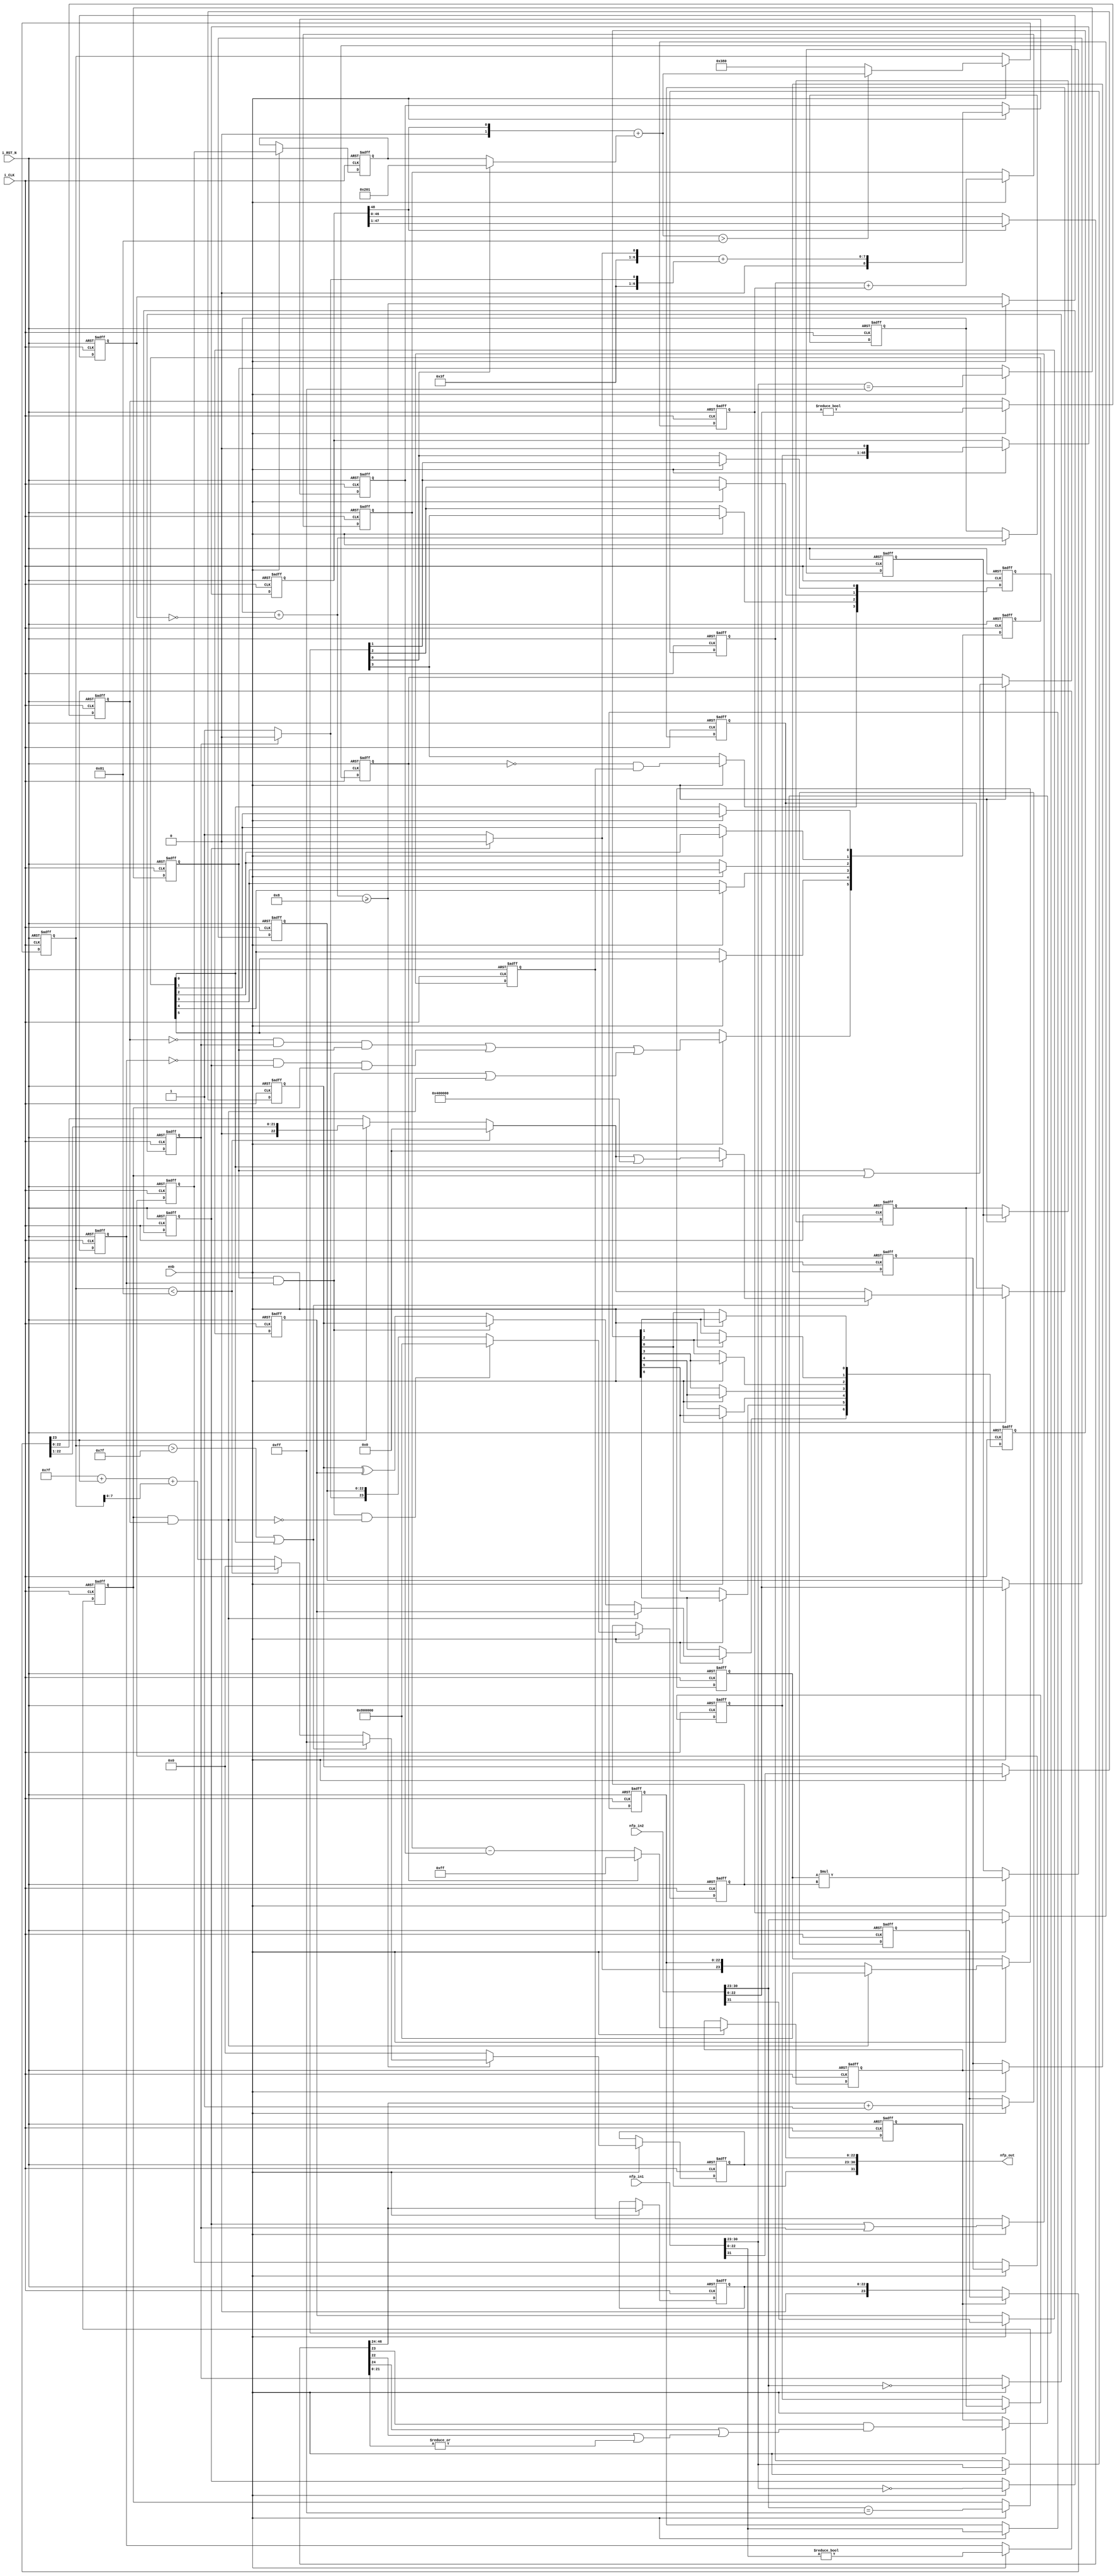
// -------------------------------------------------------------
// 
// 
// Generated by MATLAB 9.12 and HDL Coder 3.20
// 
// -------------------------------------------------------------


// -------------------------------------------------------------
// 
// Module: nfp_mul_single
// Source Path: model_float/Subsystem/nfp_mul_single
// Hierarchy Level: 1
// 
// {Latency Strategy = "Max", Denormal Handling = "off"}
// {Mantissa Multiply Strategy = "FullMultiplier"}
// 
// -------------------------------------------------------------

`timescale 1 ns / 1 ns

module nfp_mul_single
          (i_CLK,
           i_RST_N,
           enb,
           nfp_in1,
           nfp_in2,
           nfp_out);


  input   i_CLK;
  input   i_RST_N;
  input   enb;
  input   [31:0] nfp_in1;  // ufix32
  input   [31:0] nfp_in2;  // ufix32
  output  [31:0] nfp_out;  // ufix32


  wire BS;  // ufix1
  wire [7:0] BE;  // ufix8
  wire [22:0] BM;  // ufix23
  wire Compare_To_Constant1_out1;
  reg  Delay16_out1;
  wire Compare_To_Zero3_out1;
  reg  Delay14_out1;
  wire Logical_Operator1_out1;
  wire AS;  // ufix1
  wire [7:0] AE;  // ufix8
  wire [22:0] AM;  // ufix23
  wire Compare_To_Constant_out1;
  reg  Delay21_out1;
  wire Compare_To_Zero2_out1;
  reg  Delay19_out1;
  wire Logical_Operator_out1;
  reg  Delay3_out1;
  reg  Delay7_out1;
  wire Logical_Operator_out1_1;
  wire Switch_out1;
  wire Switch1_out1;
  reg  [0:6] Delay_reg;  // ufix1 [7]
  wire [0:6] Delay_reg_next;  // ufix1 [7]
  wire Delay_out1;
  wire Constant8_out1;  // ufix1
  wire [7:0] Constant7_out1;  // uint8
  wire Relational_Operator_relop1;
  reg  Delay4_out1;
  wire Logical_Operator2_out1;
  wire Logical_Operator_out1_2;  // ufix1
  wire [7:0] Add_out1;  // uint8
  reg [7:0] Delay3_out1_1;  // uint8
  wire [7:0] Add_1;  // ufix8
  wire [7:0] Constant6_out1;  // uint8
  wire Compare_To_Zero_out1;
  reg  Delay23_out1;
  wire Constant1_out1;  // ufix1
  wire Constant_out1;  // ufix1
  wire Switch1_out1_1;  // ufix1
  reg [22:0] Delay6_out1;  // ufix23
  wire [23:0] Bit_Concat_out1;  // ufix24
  wire [23:0] Constant5_out1;  // ufix24
  wire [23:0] Switch_out1_1;  // ufix24
  reg [23:0] Delay2_out1;  // ufix24
  wire Logical_Operator3_out1;
  wire Compare_To_Zero1_out1;
  reg  Delay20_out1;
  wire Constant3_out1;  // ufix1
  wire Constant2_out1;  // ufix1
  wire Switch2_out1;  // ufix1
  wire Logical_Operator_out1_3;
  reg [22:0] Delay8_out1;  // ufix23
  wire [23:0] Bit_Concat1_out1;  // ufix24
  wire [23:0] Constant4_out1;  // ufix24
  wire [23:0] Switch3_out1;  // ufix24
  reg [23:0] Delay1_out1;  // ufix24
  wire [47:0] Product_out1;  // ufix48
  reg [47:0] Delay4_reg [0:2];  // ufix48 [3]
  wire [47:0] Delay4_reg_next [0:2];  // ufix48 [3]
  wire [47:0] Delay4_out1_1;  // ufix48
  wire Constant1_out1_1;
  wire [48:0] Bit_Concat_out1_1;  // ufix49
  reg [48:0] Delay3_out1_2;  // ufix49
  wire Bit_Slice1_out1;  // ufix1
  wire Logical_Operator1_out1_1;
  reg  Delay3_out1_3;
  wire Logical_Operator3_out1_1;
  wire Logical_Operator_out1_4;
  reg  Delay1_out1_1;
  wire Logical_Operator2_out1_1;
  reg  [0:3] Delay8_reg;  // ufix1 [4]
  wire [0:3] Delay8_reg_next;  // ufix1 [4]
  wire Delay8_out1_1;
  reg [7:0] Delay4_out1_2;  // uint8
  reg [7:0] Delay5_out1;  // uint8
  wire [31:0] Subtract_add_temp;  // ufix32
  wire [31:0] Subtract_1;  // ufix32
  wire [31:0] Subtract_2;  // ufix32
  wire [8:0] Subtract_out1;  // ufix9
  reg [8:0] Delay_out1_1;  // ufix9
  wire [6:0] Constant2_out1_1;  // ufix7
  wire Constant1_out1_2;
  wire Constant3_out1_1;
  wire Switch_out1_2;
  wire [7:0] Bit_Concat1_out1_1;  // uint8
  wire Switch1_out1_2;
  wire [7:0] Bit_Concat_out1_2;  // uint8
  wire [31:0] Add1_add_temp;  // ufix32
  wire [31:0] Add1_1;  // ufix32
  wire [31:0] Add1_2;  // ufix32
  wire [8:0] Add1_out1;  // ufix9
  reg [8:0] Delay2_out1_1;  // ufix9
  wire signed [31:0] Subtract2_sub_temp;  // sfix32
  wire signed [31:0] Subtract2_1;  // sfix32
  wire signed [31:0] Subtract2_2;  // sfix32
  wire signed [9:0] Subtract2_out1;  // sfix10
  wire signed [9:0] Constant4_out1_1;  // sfix10
  wire signed [9:0] Switch2_out1_1;  // sfix10
  reg signed [9:0] Delay4_reg_1 [0:3];  // sfix10 [4]
  wire signed [9:0] Delay4_reg_next_1 [0:3];  // sfix10 [4]
  wire signed [9:0] Delay4_out1_3;  // sfix10
  wire signed [9:0] Constant_out1_1;  // sfix10
  wire signed [9:0] Switch1_out1_3;  // sfix10
  wire signed [31:0] Add_add_temp;  // sfix32
  wire signed [31:0] Add_3;  // sfix32
  wire signed [31:0] Add_4;  // sfix32
  wire signed [9:0] Add_out1_1;  // sfix10
  wire Compare_To_Constant_out1_1;
  wire signed [9:0] Constant1_out1_3;  // sfix10
  wire signed [9:0] Switch2_out1_2;  // sfix10
  reg signed [9:0] Delay18_out1;  // sfix10
  wire Compare_To_Constant1_out1_1;
  wire Logical_Operator1_out1_2;
  wire Logical_Operator4_out1;
  wire Logical_Operator7_out1;
  wire Logical_Operator5_out1;
  wire Logical_Operator6_out1;
  wire Logical_Operator8_out1;
  wire Inf_Zero_out1;
  wire Logical_Operator2_out1_2;
  wire Logical_Operator10_out1;
  reg  [0:5] Delay13_reg;  // ufix1 [6]
  wire [0:5] Delay13_reg_next;  // ufix1 [6]
  wire Delay13_out1;
  wire Logical_Operator_out1_5;
  wire Compare_To_Constant_out1_2;
  wire [7:0] Constant1_out1_4;  // uint8
  wire [48:0] Bit_Shift_out1;  // ufix49
  wire [48:0] Switch_out1_3;  // ufix49
  wire [47:0] Bit_Slice_out1;  // ufix48
  wire [1:0] Bit_Slice2_out1;  // ufix2
  wire Bit_Slice4_out1;  // ufix1
  wire [21:0] Bit_Slice1_out1_1;  // ufix22
  wire Bit_Reduce_out1;  // ufix1
  wire Bit_Slice5_out1;  // ufix1
  wire Bit_Slice3_out1;  // ufix1
  wire Logical_Operator1_out1_3;
  wire Logical_Operator_out1_6;
  wire [22:0] Bit_Slice1_out1_2;  // ufix23
  reg  Delay1_out1_2;
  reg [22:0] Delay2_out1_2;  // ufix23
  wire [23:0] Delay2_out1_dtc;  // ufix24
  wire Constant_out1_2;
  wire [31:0] Add_add_temp_1;  // ufix32
  wire [31:0] Add_6;  // ufix32
  wire [31:0] Add_7;  // ufix32
  wire [23:0] Add_out1_2;  // ufix24
  reg [23:0] Delay_out1_2;  // ufix24
  wire [23:0] Switch_out1_4;  // ufix24
  wire Bit_Slice2_out1_1;  // ufix1
  wire [31:0] Add1_add_temp_1;  // ufix32
  wire [31:0] Add1_4;  // ufix32
  wire [31:0] Add1_5;  // ufix32
  wire [7:0] Add1_out1_1;  // uint8
  wire signed [31:0] Add_add_temp_2;  // sfix32
  wire signed [31:0] Add_9;  // sfix32
  wire signed [31:0] Add_10;  // sfix32
  wire [7:0] Add_out1_3;  // uint8
  wire [7:0] Constant1_out1_5;  // uint8
  wire [7:0] Switch1_out1_4;  // uint8
  wire [7:0] Constant4_out1_2;  // uint8
  wire [7:0] Switch4_out1;  // uint8
  wire [7:0] Switch6_out1;  // uint8
  reg [7:0] Delay1_out1_3;  // uint8
  wire [22:0] Bit_Slice4_out1_1;  // ufix23
  wire [22:0] Bit_Shift_out1_1;  // ufix23
  wire [22:0] Switch1_out1_5;  // ufix23
  wire [22:0] Constant2_out1_2;  // ufix23
  wire [22:0] Switch2_out1_3;  // ufix23
  wire [22:0] Constant5_out1_1;  // ufix23
  wire [22:0] Bit_Set_out1;  // ufix23
  wire [22:0] Switch7_out1;  // ufix23
  wire [22:0] Switch5_out1;  // ufix23
  reg [22:0] Delay2_out1_3;  // ufix23
  wire [31:0] nfp_out_pack;  // ufix32


  // Split 32 bit word into FP sign, exponent, mantissa
  assign BS = nfp_in2[31];
  assign BE = nfp_in2[30:23];
  assign BM = nfp_in2[22:0];



  assign Compare_To_Constant1_out1 = BE == 8'b11111111;



  always @(posedge i_CLK or negedge i_RST_N)
    begin : Delay16_process
      if (i_RST_N == 1'b0) begin
        Delay16_out1 <= 1'b0;
      end
      else begin
        if (enb) begin
          Delay16_out1 <= Compare_To_Constant1_out1;
        end
      end
    end



  assign Compare_To_Zero3_out1 = BM != 23'b00000000000000000000000;



  always @(posedge i_CLK or negedge i_RST_N)
    begin : Delay14_process
      if (i_RST_N == 1'b0) begin
        Delay14_out1 <= 1'b0;
      end
      else begin
        if (enb) begin
          Delay14_out1 <= Compare_To_Zero3_out1;
        end
      end
    end



  assign Logical_Operator1_out1 = Delay16_out1 & Delay14_out1;



  // Split 32 bit word into FP sign, exponent, mantissa
  assign AS = nfp_in1[31];
  assign AE = nfp_in1[30:23];
  assign AM = nfp_in1[22:0];



  assign Compare_To_Constant_out1 = AE == 8'b11111111;



  always @(posedge i_CLK or negedge i_RST_N)
    begin : Delay21_process
      if (i_RST_N == 1'b0) begin
        Delay21_out1 <= 1'b0;
      end
      else begin
        if (enb) begin
          Delay21_out1 <= Compare_To_Constant_out1;
        end
      end
    end



  assign Compare_To_Zero2_out1 = AM != 23'b00000000000000000000000;



  always @(posedge i_CLK or negedge i_RST_N)
    begin : Delay19_process
      if (i_RST_N == 1'b0) begin
        Delay19_out1 <= 1'b0;
      end
      else begin
        if (enb) begin
          Delay19_out1 <= Compare_To_Zero2_out1;
        end
      end
    end



  assign Logical_Operator_out1 = Delay21_out1 & Delay19_out1;



  always @(posedge i_CLK or negedge i_RST_N)
    begin : Delay3_process
      if (i_RST_N == 1'b0) begin
        Delay3_out1 <= 1'b0;
      end
      else begin
        if (enb) begin
          Delay3_out1 <= AS;
        end
      end
    end



  always @(posedge i_CLK or negedge i_RST_N)
    begin : Delay7_process
      if (i_RST_N == 1'b0) begin
        Delay7_out1 <= 1'b0;
      end
      else begin
        if (enb) begin
          Delay7_out1 <= BS;
        end
      end
    end



  assign Logical_Operator_out1_1 = Delay3_out1 ^ Delay7_out1;



  assign Switch_out1 = (Logical_Operator_out1 == 1'b0 ? Logical_Operator_out1_1 :
              Delay3_out1);



  assign Switch1_out1 = (Logical_Operator1_out1 == 1'b0 ? Switch_out1 :
              Delay7_out1);



  always @(posedge i_CLK or negedge i_RST_N)
    begin : Delay_process
      if (i_RST_N == 1'b0) begin
        Delay_reg[0] <= 1'b0;
        Delay_reg[1] <= 1'b0;
        Delay_reg[2] <= 1'b0;
        Delay_reg[3] <= 1'b0;
        Delay_reg[4] <= 1'b0;
        Delay_reg[5] <= 1'b0;
        Delay_reg[6] <= 1'b0;
      end
      else begin
        if (enb) begin
          Delay_reg[0] <= Delay_reg_next[0];
          Delay_reg[1] <= Delay_reg_next[1];
          Delay_reg[2] <= Delay_reg_next[2];
          Delay_reg[3] <= Delay_reg_next[3];
          Delay_reg[4] <= Delay_reg_next[4];
          Delay_reg[5] <= Delay_reg_next[5];
          Delay_reg[6] <= Delay_reg_next[6];
        end
      end
    end

  assign Delay_out1 = Delay_reg[6];
  assign Delay_reg_next[0] = Switch1_out1;
  assign Delay_reg_next[1] = Delay_reg[0];
  assign Delay_reg_next[2] = Delay_reg[1];
  assign Delay_reg_next[3] = Delay_reg[2];
  assign Delay_reg_next[4] = Delay_reg[3];
  assign Delay_reg_next[5] = Delay_reg[4];
  assign Delay_reg_next[6] = Delay_reg[5];



  assign Constant8_out1 = 1'b1;



  assign Constant7_out1 = 8'b00001000;



  always @(posedge i_CLK or negedge i_RST_N)
    begin : Delay4_process
      if (i_RST_N == 1'b0) begin
        Delay4_out1 <= 1'b0;
      end
      else begin
        if (enb) begin
          Delay4_out1 <= Relational_Operator_relop1;
        end
      end
    end



  assign Logical_Operator2_out1 =  ~ Delay4_out1;



  assign Logical_Operator_out1_2 = Constant8_out1 & Logical_Operator2_out1;



  always @(posedge i_CLK or negedge i_RST_N)
    begin : Delay3_1_process
      if (i_RST_N == 1'b0) begin
        Delay3_out1_1 <= 8'b00000000;
      end
      else begin
        if (enb) begin
          Delay3_out1_1 <= Add_out1;
        end
      end
    end



  assign Add_1 = {7'b0, Logical_Operator_out1_2};
  assign Add_out1 = Delay3_out1_1 + Add_1;



  assign Relational_Operator_relop1 = Add_out1 >= Constant7_out1;



  assign Constant6_out1 = 8'b00000000;



  assign Compare_To_Zero_out1 = AE == 8'b00000000;



  always @(posedge i_CLK or negedge i_RST_N)
    begin : Delay23_process
      if (i_RST_N == 1'b0) begin
        Delay23_out1 <= 1'b0;
      end
      else begin
        if (enb) begin
          Delay23_out1 <= Compare_To_Zero_out1;
        end
      end
    end



  assign Constant1_out1 = 1'b1;



  assign Constant_out1 = 1'b0;



  assign Switch1_out1_1 = (Delay23_out1 == 1'b0 ? Constant1_out1 :
              Constant_out1);



  always @(posedge i_CLK or negedge i_RST_N)
    begin : Delay6_process
      if (i_RST_N == 1'b0) begin
        Delay6_out1 <= 23'b00000000000000000000000;
      end
      else begin
        if (enb) begin
          Delay6_out1 <= AM;
        end
      end
    end



  assign Bit_Concat_out1 = {Switch1_out1_1, Delay6_out1};



  assign Constant5_out1 = 24'b100000000000000000000000;



  assign Switch_out1_1 = (Logical_Operator1_out1 == 1'b0 ? Bit_Concat_out1 :
              Constant5_out1);



  always @(posedge i_CLK or negedge i_RST_N)
    begin : Delay2_process
      if (i_RST_N == 1'b0) begin
        Delay2_out1 <= 24'b000000000000000000000000;
      end
      else begin
        if (enb) begin
          Delay2_out1 <= Switch_out1_1;
        end
      end
    end



  assign Logical_Operator3_out1 =  ~ Logical_Operator1_out1;



  assign Compare_To_Zero1_out1 = BE == 8'b00000000;



  always @(posedge i_CLK or negedge i_RST_N)
    begin : Delay20_process
      if (i_RST_N == 1'b0) begin
        Delay20_out1 <= 1'b0;
      end
      else begin
        if (enb) begin
          Delay20_out1 <= Compare_To_Zero1_out1;
        end
      end
    end



  assign Constant3_out1 = 1'b1;



  assign Constant2_out1 = 1'b0;



  assign Switch2_out1 = (Delay20_out1 == 1'b0 ? Constant3_out1 :
              Constant2_out1);



  assign Logical_Operator_out1_3 = Logical_Operator_out1 & Logical_Operator3_out1;



  always @(posedge i_CLK or negedge i_RST_N)
    begin : Delay8_process
      if (i_RST_N == 1'b0) begin
        Delay8_out1 <= 23'b00000000000000000000000;
      end
      else begin
        if (enb) begin
          Delay8_out1 <= BM;
        end
      end
    end



  assign Bit_Concat1_out1 = {Switch2_out1, Delay8_out1};



  assign Constant4_out1 = 24'b100000000000000000000000;



  assign Switch3_out1 = (Logical_Operator_out1_3 == 1'b0 ? Bit_Concat1_out1 :
              Constant4_out1);



  always @(posedge i_CLK or negedge i_RST_N)
    begin : Delay1_process
      if (i_RST_N == 1'b0) begin
        Delay1_out1 <= 24'b000000000000000000000000;
      end
      else begin
        if (enb) begin
          Delay1_out1 <= Switch3_out1;
        end
      end
    end



  assign Product_out1 = Delay2_out1 * Delay1_out1;



  always @(posedge i_CLK or negedge i_RST_N)
    begin : Delay4_1_process
      if (i_RST_N == 1'b0) begin
        Delay4_reg[0] <= 48'h000000000000;
        Delay4_reg[1] <= 48'h000000000000;
        Delay4_reg[2] <= 48'h000000000000;
      end
      else begin
        if (enb) begin
          Delay4_reg[0] <= Delay4_reg_next[0];
          Delay4_reg[1] <= Delay4_reg_next[1];
          Delay4_reg[2] <= Delay4_reg_next[2];
        end
      end
    end

  assign Delay4_out1_1 = Delay4_reg[2];
  assign Delay4_reg_next[0] = Product_out1;
  assign Delay4_reg_next[1] = Delay4_reg[0];
  assign Delay4_reg_next[2] = Delay4_reg[1];



  assign Constant1_out1_1 = 1'b0;



  assign Bit_Concat_out1_1 = {Delay4_out1_1, Constant1_out1_1};



  always @(posedge i_CLK or negedge i_RST_N)
    begin : Delay3_2_process
      if (i_RST_N == 1'b0) begin
        Delay3_out1_2 <= 49'h0000000000000;
      end
      else begin
        if (enb) begin
          Delay3_out1_2 <= Bit_Concat_out1_1;
        end
      end
    end



  assign Bit_Slice1_out1 = Delay3_out1_2[48];



  assign Logical_Operator1_out1_1 = Delay21_out1 | Delay16_out1;



  always @(posedge i_CLK or negedge i_RST_N)
    begin : Delay3_3_process
      if (i_RST_N == 1'b0) begin
        Delay3_out1_3 <= 1'b0;
      end
      else begin
        if (enb) begin
          Delay3_out1_3 <= Logical_Operator1_out1_1;
        end
      end
    end



  assign Logical_Operator3_out1_1 =  ~ Delay3_out1_3;



  assign Logical_Operator_out1_4 = Delay23_out1 | Delay20_out1;



  always @(posedge i_CLK or negedge i_RST_N)
    begin : Delay1_1_process
      if (i_RST_N == 1'b0) begin
        Delay1_out1_1 <= 1'b0;
      end
      else begin
        if (enb) begin
          Delay1_out1_1 <= Logical_Operator_out1_4;
        end
      end
    end



  assign Logical_Operator2_out1_1 = Logical_Operator3_out1_1 & Delay1_out1_1;



  always @(posedge i_CLK or negedge i_RST_N)
    begin : Delay8_1_process
      if (i_RST_N == 1'b0) begin
        Delay8_reg[0] <= 1'b0;
        Delay8_reg[1] <= 1'b0;
        Delay8_reg[2] <= 1'b0;
        Delay8_reg[3] <= 1'b0;
      end
      else begin
        if (enb) begin
          Delay8_reg[0] <= Delay8_reg_next[0];
          Delay8_reg[1] <= Delay8_reg_next[1];
          Delay8_reg[2] <= Delay8_reg_next[2];
          Delay8_reg[3] <= Delay8_reg_next[3];
        end
      end
    end

  assign Delay8_out1_1 = Delay8_reg[3];
  assign Delay8_reg_next[0] = Logical_Operator2_out1_1;
  assign Delay8_reg_next[1] = Delay8_reg[0];
  assign Delay8_reg_next[2] = Delay8_reg[1];
  assign Delay8_reg_next[3] = Delay8_reg[2];



  always @(posedge i_CLK or negedge i_RST_N)
    begin : Delay4_2_process
      if (i_RST_N == 1'b0) begin
        Delay4_out1_2 <= 8'b00000000;
      end
      else begin
        if (enb) begin
          Delay4_out1_2 <= AE;
        end
      end
    end



  always @(posedge i_CLK or negedge i_RST_N)
    begin : Delay5_process
      if (i_RST_N == 1'b0) begin
        Delay5_out1 <= 8'b00000000;
      end
      else begin
        if (enb) begin
          Delay5_out1 <= BE;
        end
      end
    end



  assign Subtract_1 = {24'b0, Delay4_out1_2};
  assign Subtract_2 = {24'b0, Delay5_out1};
  assign Subtract_add_temp = Subtract_1 + Subtract_2;
  assign Subtract_out1 = Subtract_add_temp[8:0];



  always @(posedge i_CLK or negedge i_RST_N)
    begin : Delay_1_process
      if (i_RST_N == 1'b0) begin
        Delay_out1_1 <= 9'b000000000;
      end
      else begin
        if (enb) begin
          Delay_out1_1 <= Subtract_out1;
        end
      end
    end



  assign Constant2_out1_1 = 7'b0111111;



  assign Constant1_out1_2 = 1'b1;



  assign Constant3_out1_1 = 1'b0;



  assign Switch_out1_2 = (Delay23_out1 == 1'b0 ? Constant1_out1_2 :
              Constant3_out1_1);



  assign Bit_Concat1_out1_1 = {Constant2_out1_1, Switch_out1_2};



  assign Switch1_out1_2 = (Delay20_out1 == 1'b0 ? Constant1_out1_2 :
              Constant3_out1_1);



  assign Bit_Concat_out1_2 = {Constant2_out1_1, Switch1_out1_2};



  assign Add1_1 = {24'b0, Bit_Concat1_out1_1};
  assign Add1_2 = {24'b0, Bit_Concat_out1_2};
  assign Add1_add_temp = Add1_1 + Add1_2;
  assign Add1_out1 = Add1_add_temp[8:0];



  always @(posedge i_CLK or negedge i_RST_N)
    begin : Delay2_1_process
      if (i_RST_N == 1'b0) begin
        Delay2_out1_1 <= 9'b000000000;
      end
      else begin
        if (enb) begin
          Delay2_out1_1 <= Add1_out1;
        end
      end
    end



  assign Subtract2_1 = {23'b0, Delay_out1_1};
  assign Subtract2_2 = {23'b0, Delay2_out1_1};
  assign Subtract2_sub_temp = Subtract2_1 - Subtract2_2;
  assign Subtract2_out1 = Subtract2_sub_temp[9:0];



  assign Constant4_out1_1 = 10'sb0011111111;



  assign Switch2_out1_1 = (Delay3_out1_3 == 1'b0 ? Subtract2_out1 :
              Constant4_out1_1);



  always @(posedge i_CLK or negedge i_RST_N)
    begin : Delay4_3_process
      if (i_RST_N == 1'b0) begin
        Delay4_reg_1[0] <= 10'sb0000000000;
        Delay4_reg_1[1] <= 10'sb0000000000;
        Delay4_reg_1[2] <= 10'sb0000000000;
        Delay4_reg_1[3] <= 10'sb0000000000;
      end
      else begin
        if (enb) begin
          Delay4_reg_1[0] <= Delay4_reg_next_1[0];
          Delay4_reg_1[1] <= Delay4_reg_next_1[1];
          Delay4_reg_1[2] <= Delay4_reg_next_1[2];
          Delay4_reg_1[3] <= Delay4_reg_next_1[3];
        end
      end
    end

  assign Delay4_out1_3 = Delay4_reg_1[3];
  assign Delay4_reg_next_1[0] = Switch2_out1_1;
  assign Delay4_reg_next_1[1] = Delay4_reg_1[0];
  assign Delay4_reg_next_1[2] = Delay4_reg_1[1];
  assign Delay4_reg_next_1[3] = Delay4_reg_1[2];



  assign Constant_out1_1 = 10'sb1000000001;



  assign Switch1_out1_3 = (Delay8_out1_1 == 1'b0 ? Delay4_out1_3 :
              Constant_out1_1);



  assign Add_3 = {31'b0, Bit_Slice1_out1};
  assign Add_4 = {{22{Switch1_out1_3[9]}}, Switch1_out1_3};
  assign Add_add_temp = Add_3 + Add_4;
  assign Add_out1_1 = Add_add_temp[9:0];



  assign Compare_To_Constant_out1_1 = Add_out1_1 > 10'sb1110000001;



  assign Constant1_out1_3 = 10'sb1110000000;



  assign Switch2_out1_2 = (Compare_To_Constant_out1_1 == 1'b0 ? Constant1_out1_3 :
              Add_out1_1);



  always @(posedge i_CLK or negedge i_RST_N)
    begin : Delay18_process
      if (i_RST_N == 1'b0) begin
        Delay18_out1 <= 10'sb0000000000;
      end
      else begin
        if (enb) begin
          Delay18_out1 <= Switch2_out1_2;
        end
      end
    end



  assign Compare_To_Constant1_out1_1 = Delay18_out1 > 10'sb0001111111;



  assign Logical_Operator1_out1_2 =  ~ Delay14_out1;



  assign Logical_Operator4_out1 = Logical_Operator1_out1_2 & Delay20_out1;



  assign Logical_Operator7_out1 = Logical_Operator4_out1 & Delay21_out1;



  assign Logical_Operator5_out1 =  ~ Delay19_out1;



  assign Logical_Operator6_out1 = Logical_Operator5_out1 & Delay23_out1;



  assign Logical_Operator8_out1 = Logical_Operator6_out1 & Delay16_out1;



  assign Inf_Zero_out1 = Logical_Operator7_out1 | Logical_Operator8_out1;



  assign Logical_Operator2_out1_2 = Logical_Operator_out1 | Logical_Operator1_out1;



  assign Logical_Operator10_out1 = Inf_Zero_out1 | Logical_Operator2_out1_2;



  always @(posedge i_CLK or negedge i_RST_N)
    begin : Delay13_process
      if (i_RST_N == 1'b0) begin
        Delay13_reg[0] <= 1'b0;
        Delay13_reg[1] <= 1'b0;
        Delay13_reg[2] <= 1'b0;
        Delay13_reg[3] <= 1'b0;
        Delay13_reg[4] <= 1'b0;
        Delay13_reg[5] <= 1'b0;
      end
      else begin
        if (enb) begin
          Delay13_reg[0] <= Delay13_reg_next[0];
          Delay13_reg[1] <= Delay13_reg_next[1];
          Delay13_reg[2] <= Delay13_reg_next[2];
          Delay13_reg[3] <= Delay13_reg_next[3];
          Delay13_reg[4] <= Delay13_reg_next[4];
          Delay13_reg[5] <= Delay13_reg_next[5];
        end
      end
    end

  assign Delay13_out1 = Delay13_reg[5];
  assign Delay13_reg_next[0] = Logical_Operator10_out1;
  assign Delay13_reg_next[1] = Delay13_reg[0];
  assign Delay13_reg_next[2] = Delay13_reg[1];
  assign Delay13_reg_next[3] = Delay13_reg[2];
  assign Delay13_reg_next[4] = Delay13_reg[3];
  assign Delay13_reg_next[5] = Delay13_reg[4];



  assign Logical_Operator_out1_5 = Compare_To_Constant1_out1_1 | Delay13_out1;



  assign Compare_To_Constant_out1_2 = Delay18_out1 < 10'sb1110000001;



  assign Constant1_out1_4 = 8'b01111111;



  assign Bit_Shift_out1 = Delay3_out1_2 >> 8'd1;



  assign Switch_out1_3 = (Bit_Slice1_out1 == 1'b0 ? Delay3_out1_2 :
              Bit_Shift_out1);



  assign Bit_Slice_out1 = Switch_out1_3[47:0];



  assign Bit_Slice2_out1 = Bit_Slice_out1[23:22];



  assign Bit_Slice4_out1 = Bit_Slice2_out1[0];



  assign Bit_Slice1_out1_1 = Bit_Slice_out1[21:0];



  assign Bit_Reduce_out1 = (|Bit_Slice1_out1_1[21:0]);



  assign Bit_Slice5_out1 = Bit_Slice2_out1[1];



  assign Bit_Slice3_out1 = Bit_Slice_out1[24];



  assign Logical_Operator1_out1_3 = Bit_Slice3_out1 | (Bit_Slice4_out1 | Bit_Reduce_out1);



  assign Logical_Operator_out1_6 = Bit_Slice5_out1 & Logical_Operator1_out1_3;



  assign Bit_Slice1_out1_2 = Bit_Slice_out1[46:24];



  always @(posedge i_CLK or negedge i_RST_N)
    begin : Delay1_2_process
      if (i_RST_N == 1'b0) begin
        Delay1_out1_2 <= 1'b0;
      end
      else begin
        if (enb) begin
          Delay1_out1_2 <= Logical_Operator_out1_6;
        end
      end
    end



  always @(posedge i_CLK or negedge i_RST_N)
    begin : Delay2_2_process
      if (i_RST_N == 1'b0) begin
        Delay2_out1_2 <= 23'b00000000000000000000000;
      end
      else begin
        if (enb) begin
          Delay2_out1_2 <= Bit_Slice1_out1_2;
        end
      end
    end



  assign Delay2_out1_dtc = {1'b0, Delay2_out1_2};



  assign Constant_out1_2 = 1'b1;



  assign Add_6 = {9'b0, Bit_Slice1_out1_2};
  assign Add_7 = {31'b0, Constant_out1_2};
  assign Add_add_temp_1 = Add_6 + Add_7;
  assign Add_out1_2 = Add_add_temp_1[23:0];



  always @(posedge i_CLK or negedge i_RST_N)
    begin : Delay_2_process
      if (i_RST_N == 1'b0) begin
        Delay_out1_2 <= 24'b000000000000000000000000;
      end
      else begin
        if (enb) begin
          Delay_out1_2 <= Add_out1_2;
        end
      end
    end



  assign Switch_out1_4 = (Delay1_out1_2 == 1'b0 ? Delay2_out1_dtc :
              Delay_out1_2);



  assign Bit_Slice2_out1_1 = Switch_out1_4[23];



  assign Add1_4 = {24'b0, Constant1_out1_4};
  assign Add1_5 = {31'b0, Bit_Slice2_out1_1};
  assign Add1_add_temp_1 = Add1_4 + Add1_5;
  assign Add1_out1_1 = Add1_add_temp_1[7:0];



  assign Add_9 = {24'b0, Add1_out1_1};
  assign Add_10 = {{22{Delay18_out1[9]}}, Delay18_out1};
  assign Add_add_temp_2 = Add_9 + Add_10;
  assign Add_out1_3 = Add_add_temp_2[7:0];



  assign Constant1_out1_5 = 8'b00000000;



  assign Switch1_out1_4 = (Compare_To_Constant_out1_2 == 1'b0 ? Add_out1_3 :
              Constant1_out1_5);



  assign Constant4_out1_2 = 8'b11111111;



  assign Switch4_out1 = (Logical_Operator_out1_5 == 1'b0 ? Switch1_out1_4 :
              Constant4_out1_2);



  assign Switch6_out1 = (Relational_Operator_relop1 == 1'b0 ? Constant6_out1 :
              Switch4_out1);



  always @(posedge i_CLK or negedge i_RST_N)
    begin : Delay1_3_process
      if (i_RST_N == 1'b0) begin
        Delay1_out1_3 <= 8'b00000000;
      end
      else begin
        if (enb) begin
          Delay1_out1_3 <= Switch6_out1;
        end
      end
    end



  assign Bit_Slice4_out1_1 = Switch_out1_4[22:0];



  assign Bit_Shift_out1_1 = Bit_Slice4_out1_1 >> 8'd1;



  assign Switch1_out1_5 = (Bit_Slice2_out1_1 == 1'b0 ? Bit_Slice4_out1_1 :
              Bit_Shift_out1_1);



  assign Constant2_out1_2 = 23'b00000000000000000000000;



  assign Switch2_out1_3 = (Compare_To_Constant_out1_2 == 1'b0 ? Switch1_out1_5 :
              Constant2_out1_2);



  assign Constant5_out1_1 = 23'b00000000000000000000000;



  assign Bit_Set_out1 = Switch2_out1_3 | 23'b10000000000000000000000;



  assign Switch7_out1 = (Delay13_out1 == 1'b0 ? Constant5_out1_1 :
              Bit_Set_out1);



  assign Switch5_out1 = (Logical_Operator_out1_5 == 1'b0 ? Switch2_out1_3 :
              Switch7_out1);



  always @(posedge i_CLK or negedge i_RST_N)
    begin : Delay2_3_process
      if (i_RST_N == 1'b0) begin
        Delay2_out1_3 <= 23'b00000000000000000000000;
      end
      else begin
        if (enb) begin
          Delay2_out1_3 <= Switch5_out1;
        end
      end
    end



  // Combine FP sign, exponent, mantissa into 32 bit word
  assign nfp_out_pack = {Delay_out1, Delay1_out1_3, Delay2_out1_3};



  assign nfp_out = nfp_out_pack;

endmodule  // nfp_mul_single